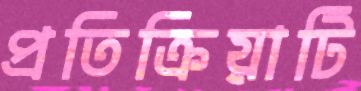
প্রতিক্রিয়াটি